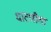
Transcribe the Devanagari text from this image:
धाटणीचा